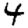
Digit: 4